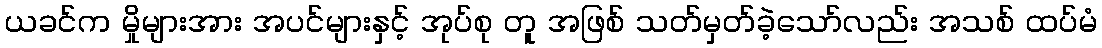
ယခင်က မှိုများအား အပင်များနှင့် အုပ်စု တူ အဖြစ် သတ်မှတ်ခဲ့သော်လည်း အသစ် ထပ်မံ